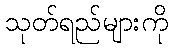
သုတ်ရည်များကို